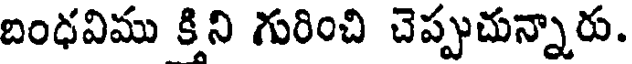
బంధవిము కిని గురించి చెప్పుచున్నారు.